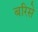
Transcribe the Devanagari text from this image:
बरिसे